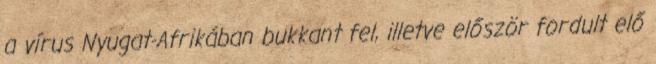
a vírus Nyugat-Afrikában bukkant fel, illetve először fordult elő